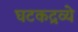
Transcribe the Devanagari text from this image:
घटकद्रव्ये